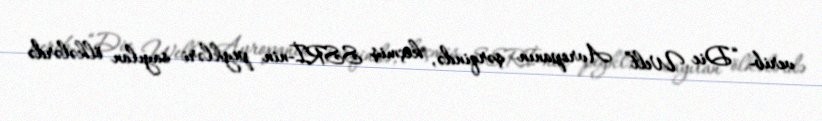
verib- “Die Welt” Avropanın şərqində, keçmiş SSRİ-nin peykləri sayılan ölkələrdə